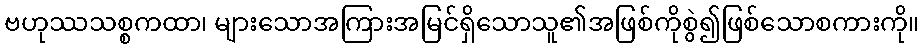
ဗဟုဿသစ္စကထာ၊ များသောအကြားအမြင်ရှိသောသူ၏အဖြစ်ကိုစွဲ၍ဖြစ်သောစကားကို။